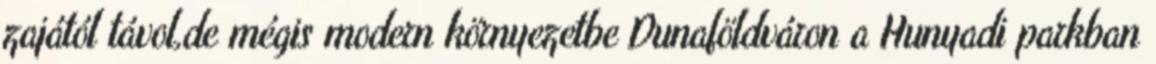
zajától távol,de mégis modern környezetbe Dunaföldváron a Hunyadi parkban